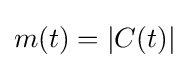
m(t)=|C(t)|